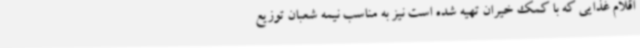
اقلام غذایی که با کمک خیران تهیه شده است نیز به مناسب نیمه شعبان توزیع